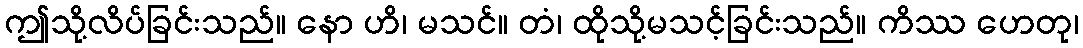
ဤသို့လိပ်ခြင်းသည်။ နော ဟိ၊ မသင်။ တံ၊ ထိုသို့မသင့်ခြင်းသည်။ ကိဿ ဟေတု၊